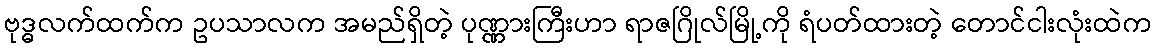
ဗုဒ္ဓလက်ထက်က ဥပသာလက အမည်ရှိတဲ့ ပုဏ္ဏားကြီးဟာ ရာဇဂြိုလ်မြို့ကို ရံပတ်ထားတဲ့ တောင်ငါးလုံးထဲက